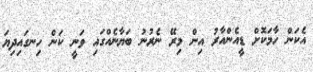
އެކަން ހާމަކޮށް ޑީއެންއާރު އިން މިރޭ ނެރުނު ބަޔާނެއްގައި ވަނީ ކަން ހިނގައިދިޔަ